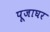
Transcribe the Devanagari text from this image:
पूजाघर